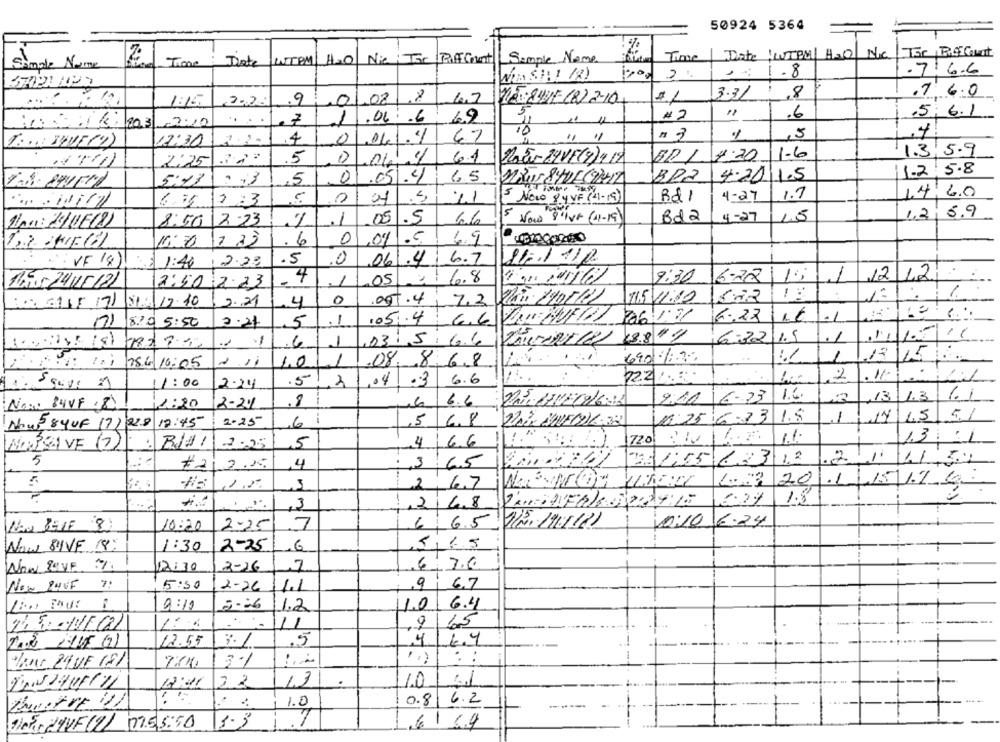
50924 5364
INTOM/ H2O Nie; The PuffCent
Simple Name
Time
Date
KNUTPM/ H=0
Ne
Simple Numme
Time : Date
2.
.8
.7:6.6
3.31
8
7 6.0
1:15
.9
01.08
.8
1.7
2LET -841E (8) 2-104
.06 .6
69
5,
#2
.6
5.6.1
2:10
.7
1
4
4
0
/ 3
17:30
1.6
1.3.5.9
2:25
5
0
.04/4
6.1
RoEv-22VE(7)4 19
4.20
1.2 5.8
6.5
BR2
4.20 1.5
5:17
.13
5
0
.051.4
11
5 Novo 84 VF ( 41-19)
Rd 1
4-27
1.7
14,60
6.35
1.3
5
1.2
5.9
8:50
2.23
.1
05 .5
66
Now Blive (11-19)
Bd2
4-27
1.5
16:30
1 23
6
01/01/5
69
.5
06/4/
12.23
0
6.7
26/1/2
1
12
= 4
. 1
05
6.8
9:30
6-22
12
2:50 2:23
1º
31. 12.10
2.21
4
0
007.4
7.2
715 11:00
.05.4
6.22
16
.1
820 5:50
2.21
5
. 1
6.6
1.5 11
-
1
031566
6:32 1.5
.1
-
6
12
1.0
1
08, 86.8
690 1.22
1
28.6 16:05
.5
2
11: 00
2.24
04 3
6.6
6.6
9:41
6- 23 1.6
13
1.3
1.1
No: 84VF 8
1:20
2-24
8
1.5 5,1
2.25
61
,5 68
0:25 6-13 1.8
.1
14
Nout 8yUF (7) 228 12:45
11
MISSIVE (2))
2.25
,5
4 66
720
13: 31
3.3 6:55 623 12
2 1.
41,34
5
#212.15
,4
:3 65
5
20
.1 15\1.1.6.
2, 6.7
1.8
248
3
10:20
2-25
7
665
1/2,141/121
0:10 6.24
Now, 811VF (8;
1:30
2-25
,6
12:30
2-16
67.0
Now PUNF 7:
5:50
12-26
9 67
1.1
9:10
1.2
10 6.4
15
11
2
12.55
3. /
,5
4
16.4
.
. :
Vano 29 VE 181
7:04
3.1
22
13
1.0
1.52407/11
..
0.8 6.2
1.0
1105, 29VF(7) 07.5 5:50
3.3
7
,6169